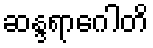
ဆန္ဒရာဂေါတိ